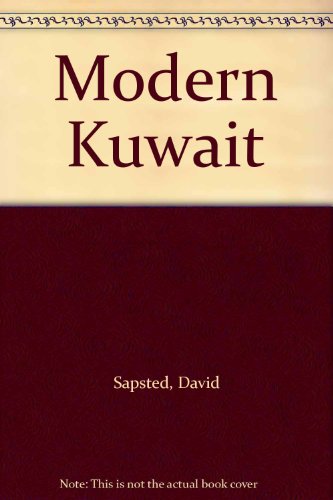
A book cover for Modern Kuwait; David Sapsted; History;